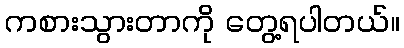
ကစားသွားတာကို တွေ့ရပါတယ်။